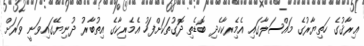
ޢިރާޤުގެ ހަތިޔާރުގެ މައްސަލާގައި އެމެިރކާހެދި ބޮޑެތި ދޮގުތަކަށްފަހު އެމެރިކާގެ އިތުބާރު ދުނިޔޭގައިވަނީ ވަރަށް